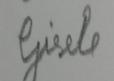
Signature authenticity: forged